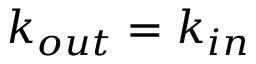
k _ { o u t } = k _ { i n }